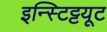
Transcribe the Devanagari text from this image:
इन्स्टिट्टयूट